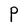
Character: P